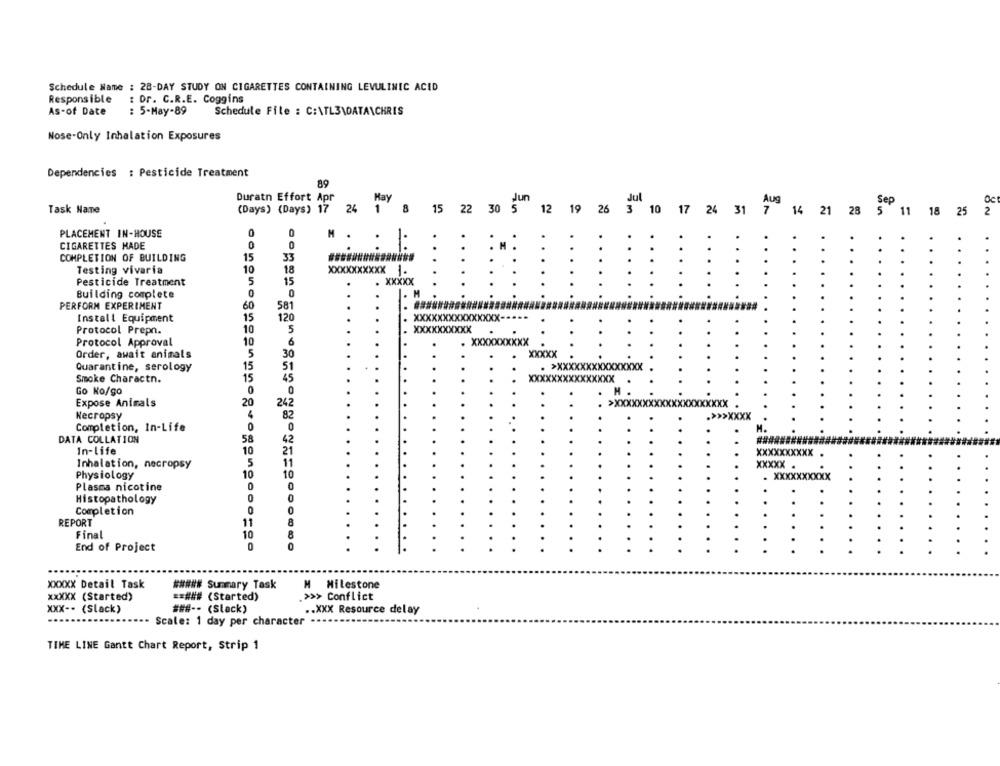
Schedule Name : 28-DAY STUDY ON CIGARETTES CONTAINING LEVULINIC ACID
Responsible
: Dr. C.R.E. Coggins
As-of Date
: 5-May-89
Schedule File : C:\TL3\DATA\CHRIS
Nose-Only Inhalation Exposures
Dependencies : Pesticide Treatment
89
Duratn Effort Apr
24 1
Jun
Oc
Task Name
(Days) (Days) 17
15 22 30 5
12 19 26 3 10 17 24 31 7 14 21 28 5 11 18 25 2
PLACEMENT IN-HOUSE
0
0
CIGARETTES HADE
0
0
.
COMPLETION OF BUILDING
15
33
10
18
XXXXXXXXXX
Testing vivaria
1.
Pesticide Treatment
5
15
. XXXXX
Building complete
0
0
PERFORM EXPERIMENT
60
581
Install Equipment
15
120
XXXXX
10
5
XXXXXXXXXX
Protocol Prepn.
Protocol Approval
10
6
. XXXXXXX
CXXX
30
Order, await animals
5
xxxxx
Quarantine, serology
15
51
. >XXXXXXXXXXXXXXX
Smoke Charactn.
15
45
xxxxxxxxXXXXXXX
Go No/go
0
0
. H .
Expose Animals
20
242
>xxxxxxxxxxxxxxxxxxxx .
4
Necropsy
82
.>>>xxxx
Completion, In-Life
0
DATA COLLATION
58
42
In-life
10
21
xxxxxxxxXX .
Inhalation, necropsy
5
11
XXXXX .
Physiology
10
10
- XXXXXXXXXX
Plasma nicotine
0
0
Histopathology
0
0
Completion
0
0
REPORT
11
8
Final
10
8
End of Project
0
0
XXXXX Detail Task
##### Summary Task
M Milestone
XXXXX (Started)
== ### (Started)
.>>> Conflict
XXX -- (Slack)
### -- (Slack)
.. XXX Resource delay
Scale: 1 day per character
TIME LINE Gantt Chart Report, Strip 1